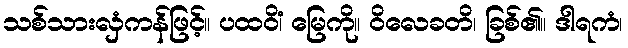
သစ်သားလှံကန်ဖြင့်။ ပထဝိံ၊ မြေကို။ ဝိလေခတိ၊ ခြစ်၏။ ဒါရကံ၊